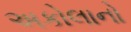
અકોલાનો